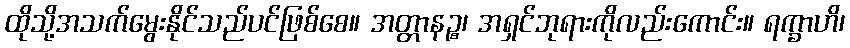
ထိုသို့အသက်မွေးနိုင်သည်ပင်ဖြစ်စေ။ အတ္တာနဉ္စ၊ အရှင်ဘုရားကိုလည်းကောင်း။ ရက္ခာဟိ၊